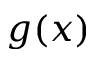
g ( x )